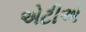
એટીએ